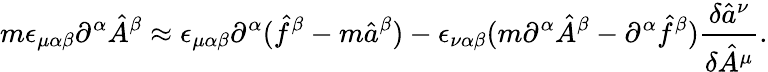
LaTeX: m\epsilon_{\mu\alpha\beta}\partial^{\alpha}\hat{A}^{\beta}\approx\epsilon_{\mu\alpha\beta}\partial^{\alpha}(\hat{f}^{\beta}-m\hat{a}^{\beta})-\epsilon_{\nu\alpha\beta}(m\partial^{\alpha}\hat{A}^{\beta}-\partial^{\alpha}\hat{f}^{\beta})\frac{\delta\hat{a}^{\nu}}{\delta\hat{A}^{\mu}}.